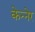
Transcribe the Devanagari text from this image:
केन्नेर